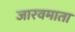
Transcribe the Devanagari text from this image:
जारवमाता